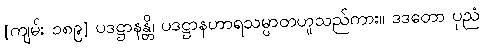
[ကျမ်း ၁၈၉] ပဒဋ္ဌာနန္တိ၊ ပဒဋ္ဌာနဟာရသမ္ပာတဟူသည်ကား။ ဒဒတော ပုညံ